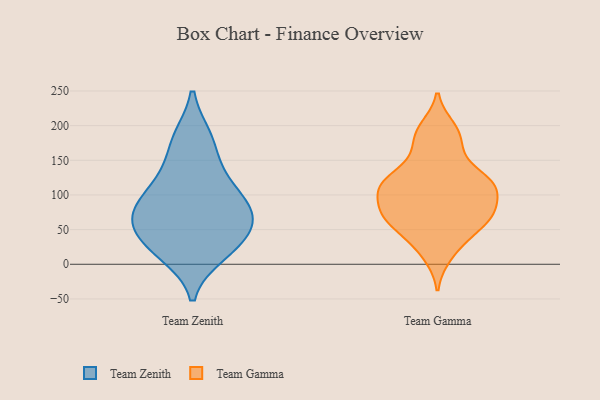
{"axis": {"x": "Humidity (%)", "y": "Value"}, "legend": ["Team Gamma", "Team Zenith"], "data": [{"x": "", "y": 31, "type": "Team Zenith"}, {"x": "", "y": 182, "type": "Team Zenith"}, {"x": "", "y": 67, "type": "Team Zenith"}, {"x": "", "y": 68, "type": "Team Zenith"}, {"x": "", "y": 117, "type": "Team Zenith"}, {"x": "", "y": 15, "type": "Team Zenith"}, {"x": "", "y": 21, "type": "Team Zenith"}, {"x": "", "y": 73, "type": "Team Zenith"}, {"x": "", "y": 73, "type": "Team Zenith"}, {"x": "", "y": 134, "type": "Team Zenith"}, {"x": "", "y": 76, "type": "Team Zenith"}, {"x": "", "y": 35, "type": "Team Zenith"}, {"x": "", "y": 106, "type": "Team Zenith"}, {"x": "", "y": 179, "type": "Team Zenith"}, {"x": "", "y": 198, "type": "Team Gamma"}, {"x": "", "y": 189, "type": "Team Gamma"}, {"x": "", "y": 37, "type": "Team Gamma"}, {"x": "", "y": 63, "type": "Team Gamma"}, {"x": "", "y": 111, "type": "Team Gamma"}, {"x": "", "y": 115, "type": "Team Gamma"}, {"x": "", "y": 81, "type": "Team Gamma"}, {"x": "", "y": 151, "type": "Team Gamma"}, {"x": "", "y": 85, "type": "Team Gamma"}, {"x": "", "y": 118, "type": "Team Gamma"}, {"x": "", "y": 11, "type": "Team Gamma"}, {"x": "", "y": 171, "type": "Team Gamma"}, {"x": "", "y": 115, "type": "Team Gamma"}, {"x": "", "y": 70, "type": "Team Gamma"}, {"x": "", "y": 66, "type": "Team Gamma"}, {"x": "", "y": 114, "type": "Team Gamma"}, {"x": "", "y": 44, "type": "Team Gamma"}, {"x": "", "y": 124, "type": "Team Gamma"}, {"x": "", "y": 78, "type": "Team Gamma"}]}